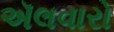
ઍલવારો